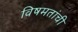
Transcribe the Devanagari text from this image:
विषमतांची